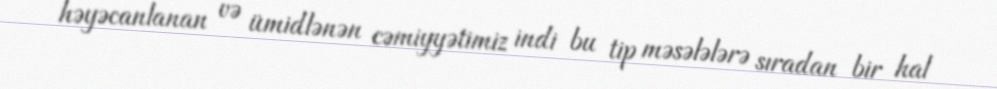
həyəcanlanan və ümidlənən cəmiyyətimiz indi bu tip məsələlərə sıradan bir hal